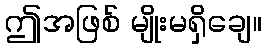
ဤအဖြစ် မျိုးမရှိချေ။